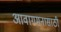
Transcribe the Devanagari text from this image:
आवागमनासाठी